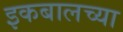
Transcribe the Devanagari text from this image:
इकबालच्या